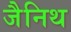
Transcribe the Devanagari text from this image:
जैनिथ